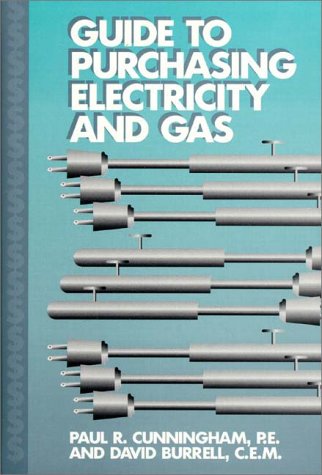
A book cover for Guide to Purchasing Electricity and Gas; Paul R. Cunningham; Law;